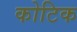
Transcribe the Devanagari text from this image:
कोटिक